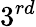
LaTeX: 3^{rd}